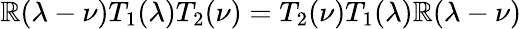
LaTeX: \mathbb{R}(\lambda-\nu)T_{1}(\lambda)T_{2}(\nu)=T_{2}(\nu)T_{1}(\lambda)\mathbb{R}(\lambda-\nu)